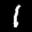
Label: 1